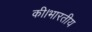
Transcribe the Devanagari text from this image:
की।भारतीय